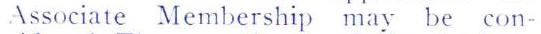
Associate Membership may be con-